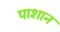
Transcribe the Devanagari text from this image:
पाशान